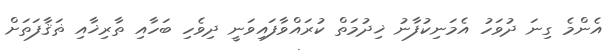
އެންމެ ގިނަ ދުވަހު އެމަނިކުފާނު ޚިދުމަތް ކުރައްވާފައިވަނީ ދިވެހި ބަހާއި ތާރިޚާއި ޡަޤާފަތަށް